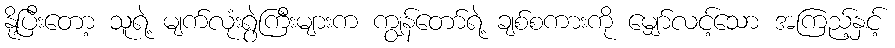
နို့ပြီးတော့ သူရဲ့ မျက်လုံးရွဲကြီးများက ကျွန်တော်ရဲ့ ချစ်စကားကို မျှော်လင့်သော အကြည့်နှင့်